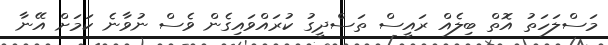
މަސްލަހަތު އޮތް ބިލެއް ރައީސް ތަސްދީގު ކުރައްވައިގެން ވެސް ނުވާނެ ކަމަށް އޭނާ